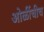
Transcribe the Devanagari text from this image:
ओळींचीच